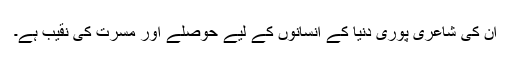
ان کی شاعری پوری دنیا کے انسانوں کے لیے حوصلے اور مسرت کی نقیب ہے۔